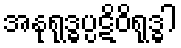
အနုရုဒ္ဓပ္ပဋိဝိရုဒ္ဓါ